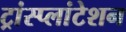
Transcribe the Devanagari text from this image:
ट्रांस्प्लांटेशन